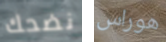
نضحك هوراس